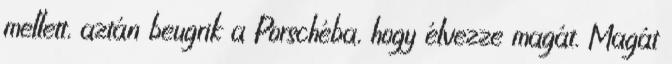
mellett, aztán beugrik a Porschéba, hogy élvezze magát. Magát